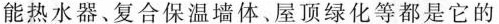
能热水器。复合保温墙体。屋顶绿化等都是它的